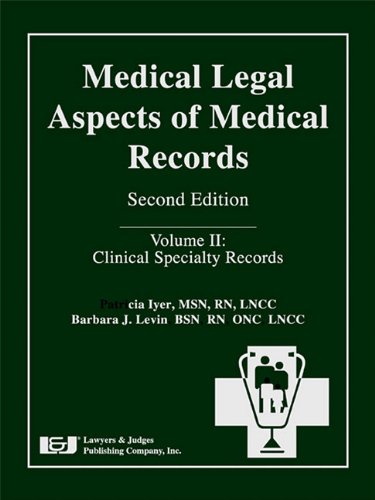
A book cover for Medical Legal Aspects of Medical Records, Second Edition; Patricia W. Iyer; Law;